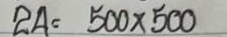
24 = 500 x 500